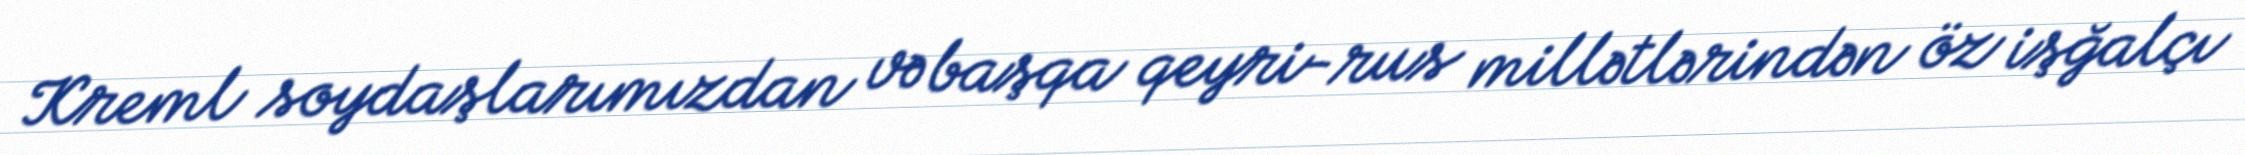
Kreml soydaşlarımızdan və başqa qeyri-rus millətlərindən öz işğalçı